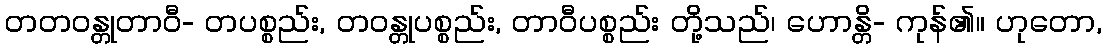
တတဝန္တုတာဝီ- တပစ္စည်း, တဝန္တုပစ္စည်း, တာဝီပစ္စည်း တို့သည်၊ ဟောန္တိ- ကုန်၏။ ဟုတော,